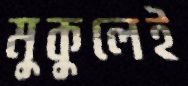
মুকুলেই